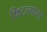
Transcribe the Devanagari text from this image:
फिटल्यावर